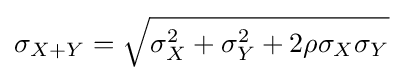
\sigma _{X+Y}={\sqrt {\sigma _{X}^{2}+\sigma _{Y}^{2}+2\rho \sigma _{X}\sigma _{Y}}}